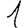
Digit: 1